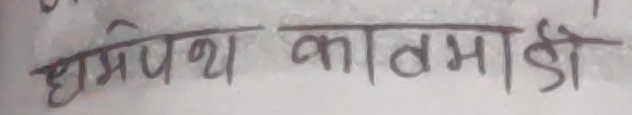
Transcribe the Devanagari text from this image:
धाम्पेथ काठमाडौं